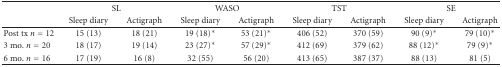
<table><thead><tr><td>[EMPTY_CELL]</td><td colspan="2"><b>SL</b></td><td colspan="2"><b>WASO</b></td><td colspan="2"><b>TST</b></td><td colspan="2"><b>SE</b></td></tr><tr><td>[EMPTY_CELL]</td><td><b>Sleep diary</b></td><td><b>Actigraph</b></td><td><b>Sleep diary</b></td><td><b>Actigraph</b></td><td><b>Sleep diary</b></td><td><b>Actigraph</b></td><td><b>Sleep diary</b></td><td><b>Actigraph</b></td></tr></thead><tbody><tr><td>Post tx <i>n</i> = 12</td><td>15 (13)</td><td>18 (21)</td><td>19 (18)<sup>∗</sup></td><td>53 (21)<sup>∗</sup></td><td>406 (52)</td><td>370 (59)</td><td>90 (9)<sup>∗</sup></td><td>79 (10)<sup>∗</sup></td></tr><tr><td>3 mo. <i>n</i> = 20</td><td>18 (17)</td><td>19 (14)</td><td>23 (27)<sup>∗</sup></td><td>57 (29)<sup>∗</sup></td><td>412 (69)</td><td>379 (62)</td><td>88 (12)<sup>∗</sup></td><td>79 (9)<sup>∗</sup></td></tr><tr><td>6 mo. <i>n</i> = 16</td><td>17 (19)</td><td>16 (8)</td><td>32 (55)</td><td>56 (20)</td><td>413 (65)</td><td>387 (37)</td><td>88 (13)</td><td>81 (5)</td></tr></tbody></table>